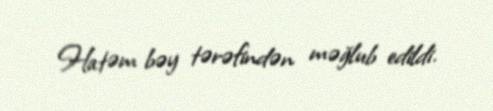
Hatəm bəy tərəfindən məğlub edildi.